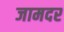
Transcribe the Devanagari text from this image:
जामदर